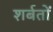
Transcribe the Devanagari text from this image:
शर्बतों